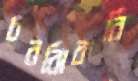
চরঝিকরি